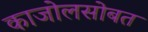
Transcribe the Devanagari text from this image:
काजोलसोबत